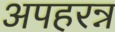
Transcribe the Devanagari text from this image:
अपहरन्न